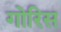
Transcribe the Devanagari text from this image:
गोरिस